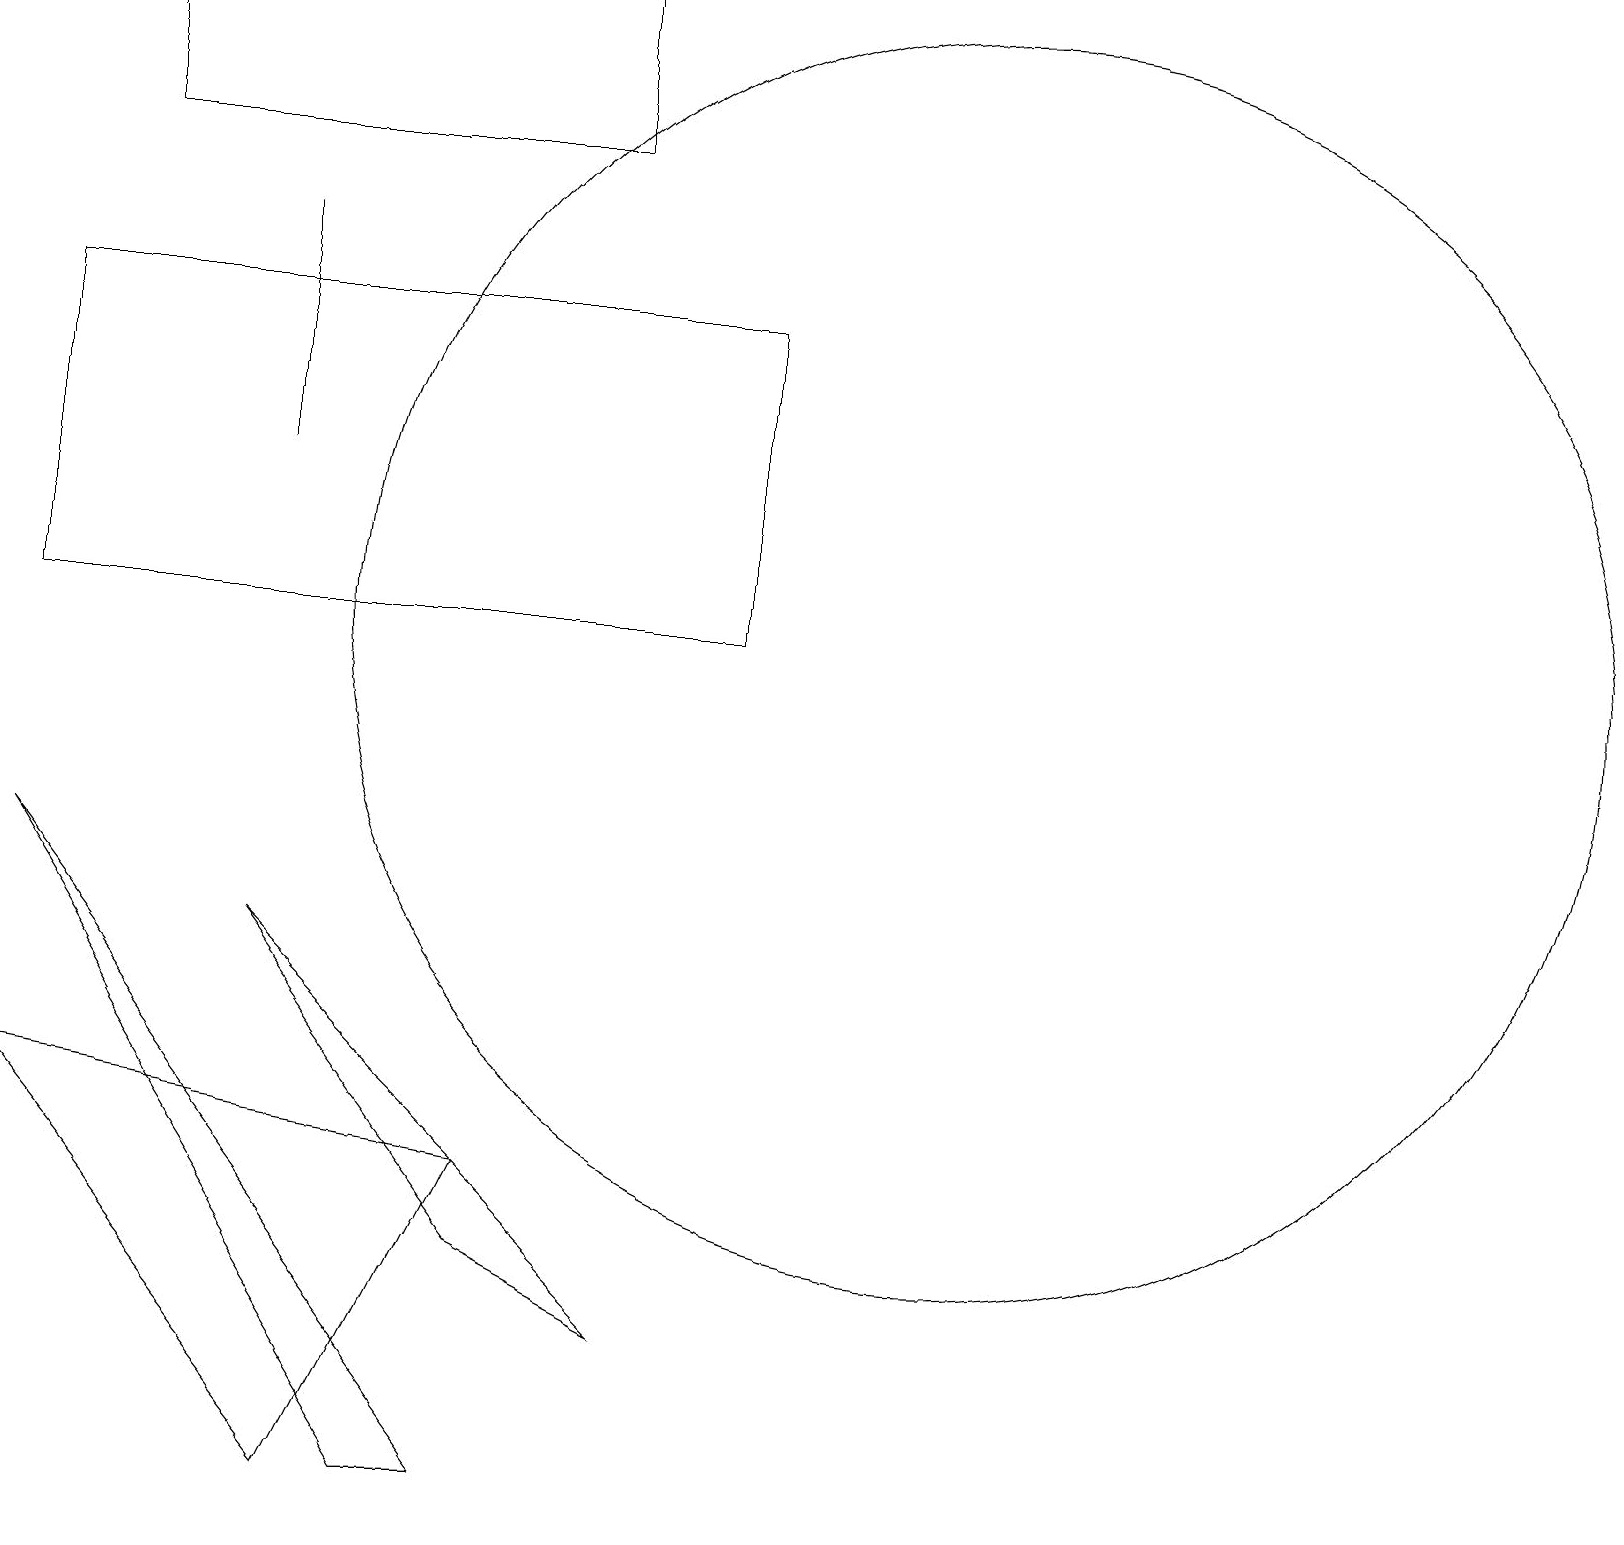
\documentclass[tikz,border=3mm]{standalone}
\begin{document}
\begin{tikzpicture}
\draw (7,19) rectangle (1,17);
\draw (3,16) rectangle (3,13);
\draw (0,8) -- (5,0) -- (6,0) -- cycle;
\draw (9,11) rectangle (0,15);
\draw (6,4) -- (0,5) -- (4,0) -- cycle;
\draw (12,11) circle (8);
\draw (8,2) -- (6,3) -- (3,7) -- cycle;
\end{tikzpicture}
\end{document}